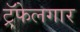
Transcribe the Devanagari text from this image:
ट्रॅफेलगार